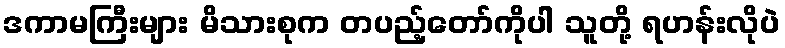
ဒကာမကြီးများ မိသားစုက တပည့်တော်ကိုပါ သူတို့ ရဟန်းလိုပဲ